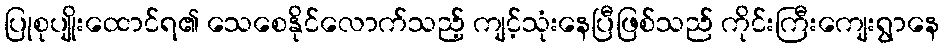
ပြုစုပျိုးထောင်ရ၏ သေစေနိုင်လောက်သည့် ကျင့်သုံးနေပြီဖြစ်သည် ကိုင်းကြီးကျေးရွာနေ